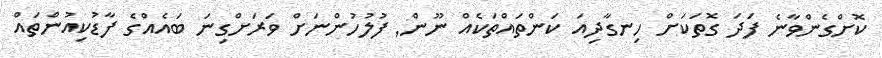
ކޮށްގެންވާނެ ފަދަ ގޮތަކަށް ހިނގާދިއަ ކަންތައްތަކެއް ނޫން